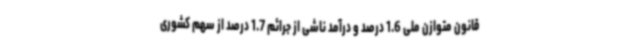
قانون متوازن ملی 1.6 درصد و درآمد ناشی از جرائم 1.7 درصد از سهم کشوری